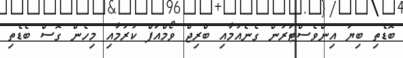
ބޮޑެތި ބިޔަ އިންވެސްޓަރުން ގެނެއުމާއި ބްރިޖް ވޯމްއަޕް ކުރުމާއި މިހެން ގޮސް ބެޑެތި